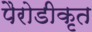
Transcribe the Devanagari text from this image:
पैरोडीकृत